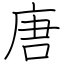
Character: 唐